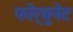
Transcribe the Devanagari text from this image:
फोर्चुनेट